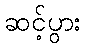
ဆင့်ပွား